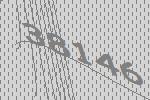
38146